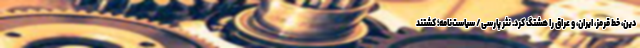
دین، خط قرمز، ایران، و عراق را هشتگ کرد. نثر پارسی/ سیاست‌نامه؛ کِشتند